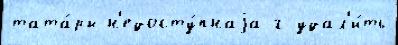
тата́ры н'едосту́пнаjа г удал'и́ть